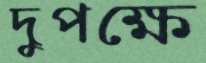
দুপক্ষে